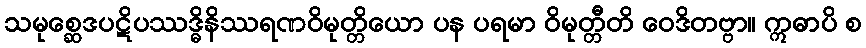
သမုစ္ဆေဒပဋိပဿဒ္ဓိနိဿရဏဝိမုတ္တိယော ပန ပရမာ ဝိမုတ္တီတိ ဝေဒိတဗ္ဗာ။ ဣဓာပိ စ